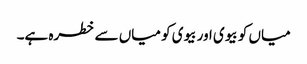
میاں کو بیوی اور بیوی کو میاں سے خطرہ ہے۔